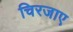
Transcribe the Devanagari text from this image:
चिरजाए